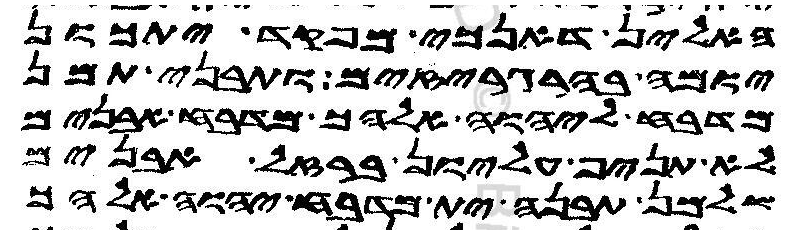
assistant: האלין דאנכי מפקד יתכון
יומה בהרגריזים ותבני תמן
מדבח ליהוה אלהך מדבח אבנים
לא תניף עליון ברזל אבנים
שלמן תבנה ית מדבח יהוה אלהך